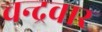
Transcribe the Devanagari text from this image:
चन्द्रवार